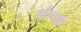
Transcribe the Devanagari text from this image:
वीरगञ्ज